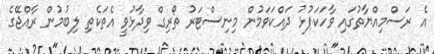
އެ ރަސްމިއްޔާތުގައި ވާހަކަފުޅު ދައްކަވަމުން މިނިސްޓަރު ތޯރިގް ވިދާޅުވީ އެތަކެތި ލިބުމުން ރާއްޖޭގެ